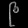
Digit: ၉